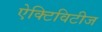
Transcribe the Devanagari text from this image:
ऐक्टिविटीज